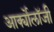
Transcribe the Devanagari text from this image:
आर्क्योलॉजी